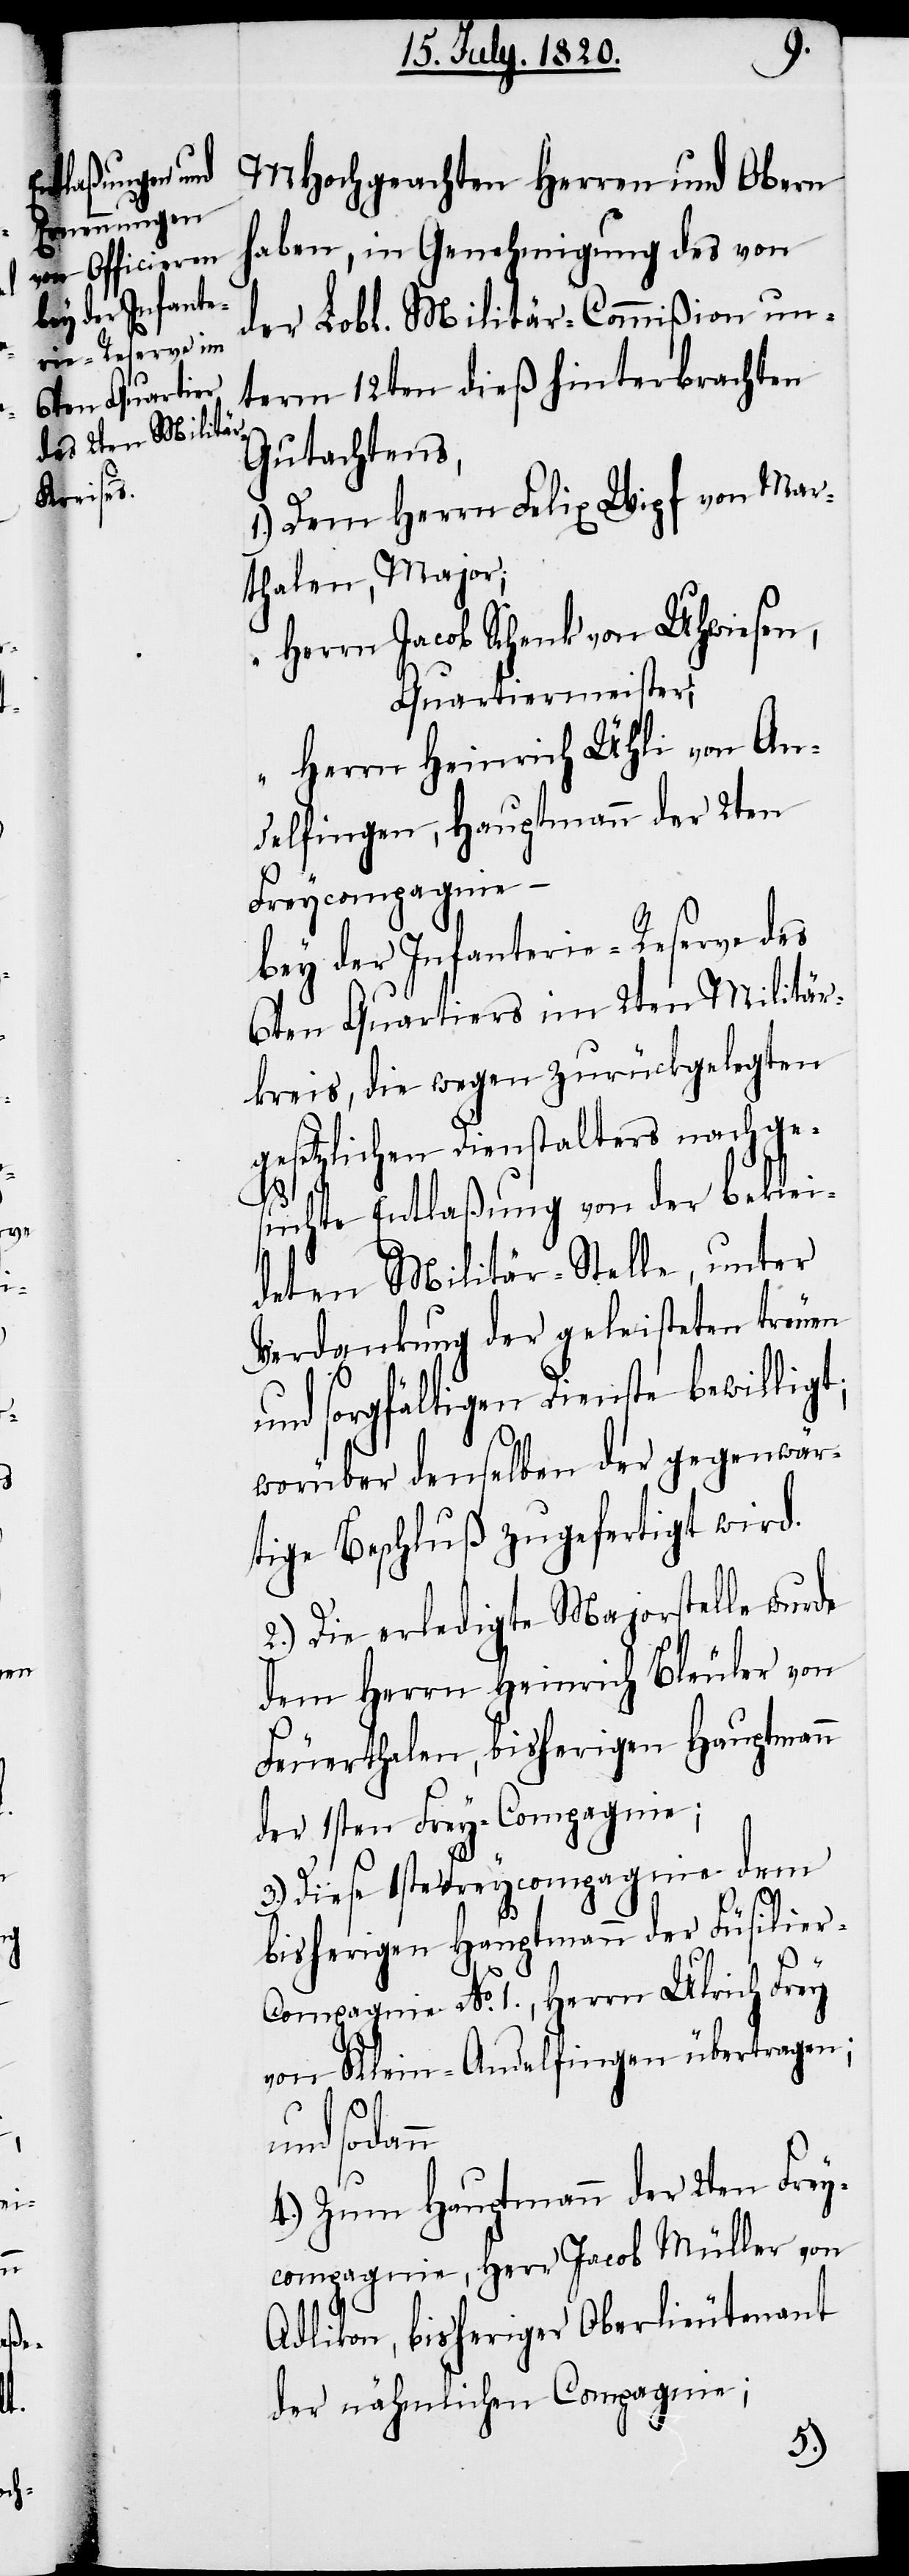
r-C¬

MHochgeachten Herren und Obern
haben, in Genehmigung des von
der Lobl. Militär-Commißion un¬
term 12ten dieß hinterbrachten
Gutachtens,
1.) Dem Herrn Felix Wipf von Mar¬
thalen, Major;
Herrn Jacob Schenk von Uhwiesen,
Quartiermeister;
“ Herrn Heinrich Ühli von An¬
delfingen, Hauptmann der 2ten
Freycompagnie –
bey der Infanterie-Reserve des
6ten Quartiers im 2ten Militär¬
kreis, die wegen zurückgelegten
gesetzlichen Dienstalters nachge¬
suchte Entlaßung von der beklei¬
deten Militär-Stelle, unter
Verdankung der geleisteten treuen
und sorgfältigen Dienste bewilligt;
worüber denselben der gegenwär¬
tige Beschluß zugefertigt wird.
2.) Die erledigte Majorstelle wurde
dem Herrn Heinrich Bleuler von
Feuerthalen, bisherigen Hauptmann
der 1sten Frey-Compagnie,
3.) Diese 1ste Freycompagnie dem
bisherigen Hauptmann der Füsilie¬
ompagnie No. 1., Herrn Ulrich Frey
von Klein-Andelfingen übertragen;
und sodann
4.) Zum Hauptmann der 2ten Frey¬
compagnie, Herr Jacob Müller von
Adlikon, bisheriger Oberlieutenant
der nähmlichen Compagnie;